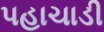
પહાચાડી